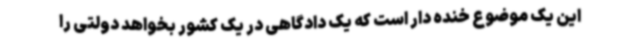
این یک موضوع خنده دار است که یک دادگاهی در یک کشور بخواهد دولتی را